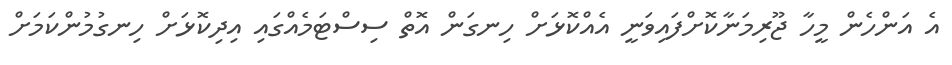
އެ އަންހެން މީހާ ޖޫރިމަނާކޮށްފައިވަނީ އެއްކޮޅަށް ހިނގަން އޮތް ސިސްޓަމެއްގައި އިދިކޮޅަށް ހިނގުމުންކަމަށް